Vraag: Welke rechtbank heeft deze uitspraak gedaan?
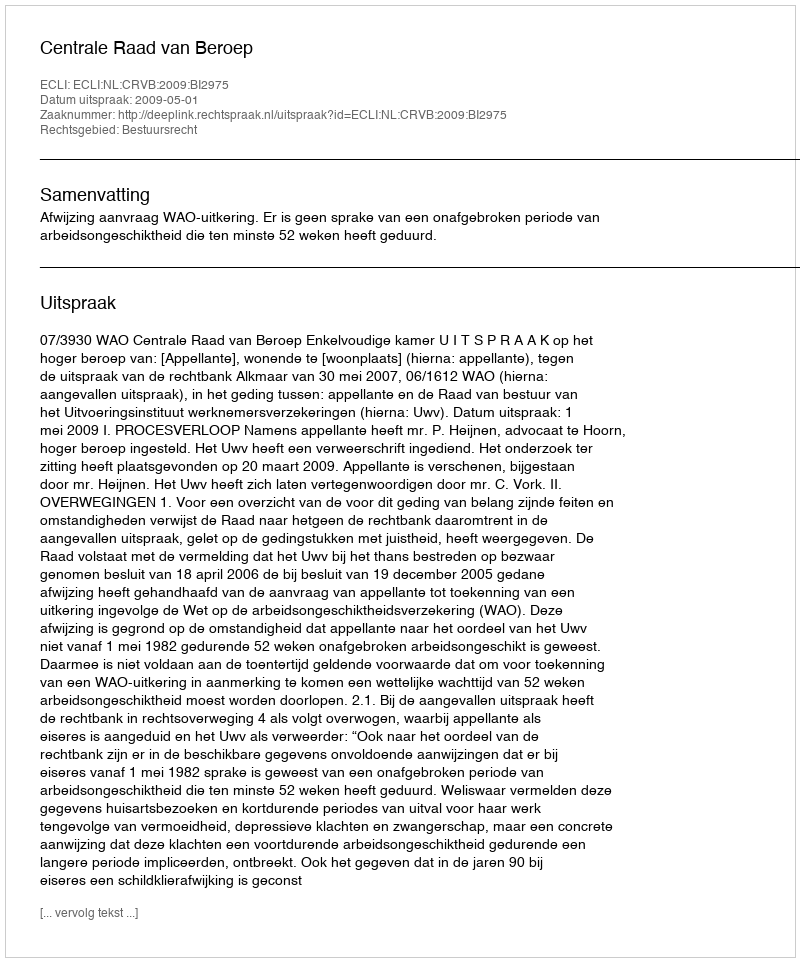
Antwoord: Centrale Raad van Beroep